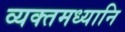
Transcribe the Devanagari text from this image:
व्यक्तमध्यानि